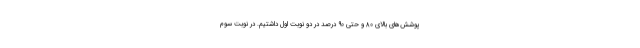
پوشش‌های بالای ۸۰ و حتی ۹۰ درصد در دو نوبت اول داشتیم. در نوبت سوم